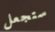
ستجعل